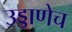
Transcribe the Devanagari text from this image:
उड्डाणेच